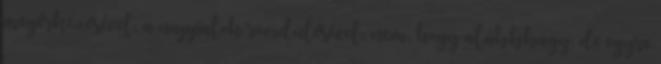
megérkezésével, a nappalok rövidülésével, nem, hogy alábbhagy, de egyre